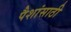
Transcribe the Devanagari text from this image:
पैशांसाठी